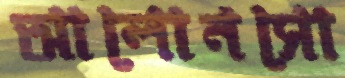
আলোনসো